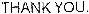
THANK YOU.